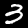
Label: 3